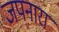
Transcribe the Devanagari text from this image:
जपनारा